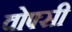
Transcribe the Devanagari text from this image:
वोफ्सी